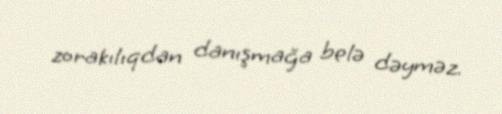
zorakılıqdan danışmağa belə dəyməz.